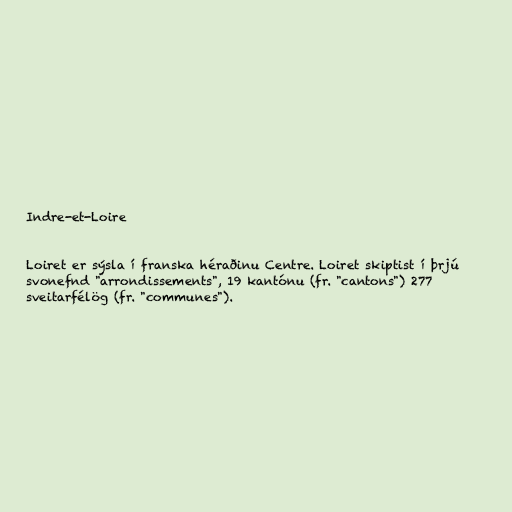
Indre-et-Loire

Loiret er sýsla í franska héraðinu Centre. Loiret skiptist í þrjú
svonefnd "arrondissements", 19 kantónu (fr. "cantons") 277
sveitarfélög (fr. "communes").